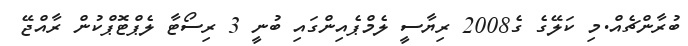
ބުރާންޗެއް.މި ކަލޭގެ ގެ2008 ރިޔާސީ ލެމްޕެއިންގައި ބުނީ 3 ރިސޯޓާ ލެޕްޓޮޕްކުން ރާއްޖޭ